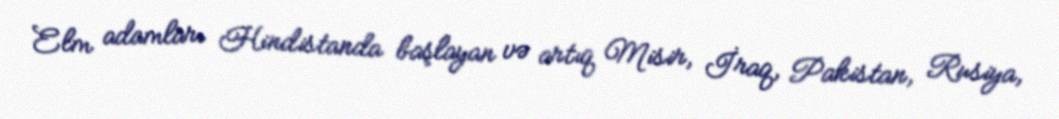
Elm adamları Hindistanda başlayan və artıq Misir, İraq, Pakistan, Rusiya,